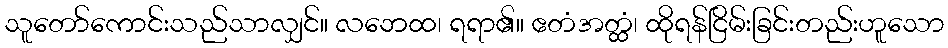
သူတော်ကောင်းသည်သာလျှင်။ လဘေထ၊ ရရာ၏။ ဧတံအတ္ထံ၊ ထိုရန်ငြိမ်းခြင်းတည်းဟူသော